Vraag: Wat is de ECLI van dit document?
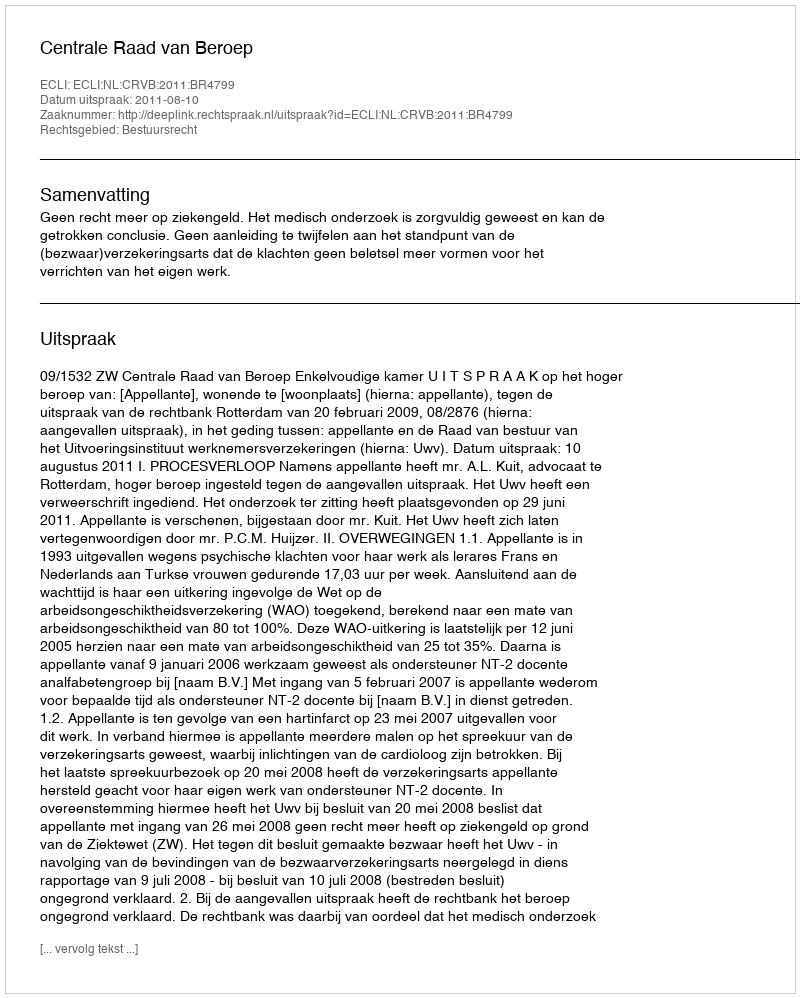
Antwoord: ECLI:NL:CRVB:2011:BR4799